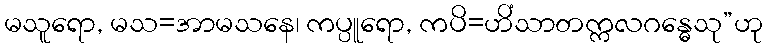
မသူရော, မသ=အာမသနေ၊ ကပ္ပူရော, ကပိ=ဟိံသာတက္ကလဂန္ဓေသု”ဟု